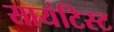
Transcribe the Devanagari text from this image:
सायंटिस्ट